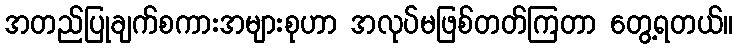
အတည်ပြုချက်စကားအများစုဟာ အလုပ်မဖြစ်တတ်ကြတာ တွေ့ရတယ်။